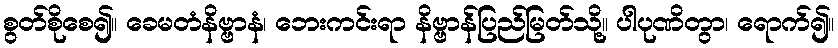
စွတ်စိုစေ၍။ ခေမတံနိဗ္ဗာနံ၊ ဘေးကင်းရာ နိဗ္ဗာန်ပြည်မြတ်သို့။ ပါပုဏိတွာ၊ ရောက်၍။